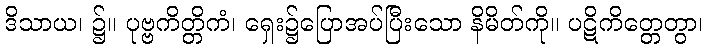
ဒိသာယ၊ ၌။ ပုဗ္ဗကိတ္တိကံ၊ ရှေး၌ပြောအပ်ပြီးသော နိမိတ်ကို။ ပဋိကိတ္တေတွာ၊